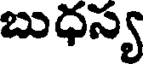
బుధస్య